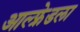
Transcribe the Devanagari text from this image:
आल्फ्रेडला